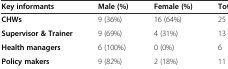
<table><thead><tr><td><b>Key informants</b></td><td><b>Male (%)</b></td><td><b>Female (%)</b></td><td><b>Total</b></td></tr></thead><tbody><tr><td><b>CHWs</b></td><td>9 (36%)</td><td>16 (64%)</td><td>25</td></tr><tr><td><b>Supervisor &amp; Trainer</b></td><td>9 (69%)</td><td>4 (31%)</td><td>13</td></tr><tr><td><b>Health managers</b></td><td>6 (100%)</td><td>0 (0%)</td><td>6</td></tr><tr><td><b>Policy makers</b></td><td>9 (82%)</td><td>2 (18%)</td><td>11</td></tr></tbody></table>